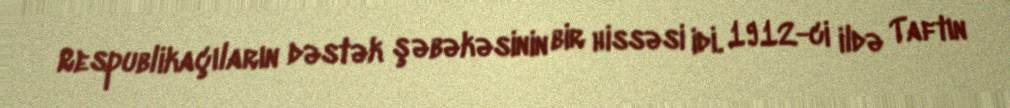
Respublikaçıların dəstək şəbəkəsinin bir hissəsi idi. 1912-ci ildə Taftın